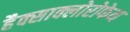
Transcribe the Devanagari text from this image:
हैक्साक्लोरोफेन